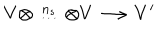
V \otimes \stackrel { n _ { s } } { \ldots } \otimes V \longrightarrow V ^ { \prime }